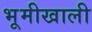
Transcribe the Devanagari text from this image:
भूमीखाली